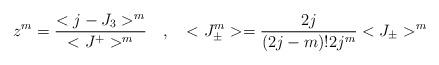
LaTeX: \begin{align*}z^{m} = \frac{< j - J_{3} >^{m}}{< J^{+}>^{m}} \quad , \quad < J_{\pm}^{m} > =\frac{2j}{(2 j- m) ! 2 j^{m}} < J_{\pm}>^{m}\end{align*}